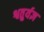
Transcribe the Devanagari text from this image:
श्वतुर्यज्ञ